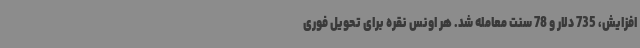
افزایش، 735 دلار و 78 سنت معامله شد. هر اونس نقره برای تحویل فوری